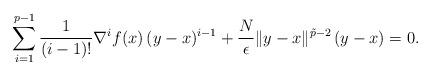
LaTeX: \begin{align*}\sum_{i=1}^{p-1} \frac{1}{(i-1)!} \nabla^i f(x) \, (y-x)^{i-1} + \frac{N}{\epsilon} \|y-x\|^{\tilde p-2} \, (y-x) = 0.\end{align*}